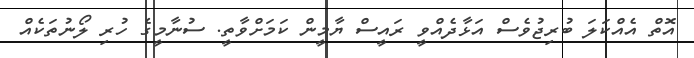
އޮތް އެއްކަލަ ބުރިޖުވެސް އަޅާދެއްވީ ރައީސް ޔާމީން ކަމަށްވާތީ. ސުނާމީގެ ހުރި ލޯނުތަކެއް